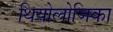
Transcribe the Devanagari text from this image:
थियोलोजिका